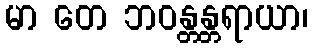
မာ တေ ဘဝန္တန္တရာယာ၊